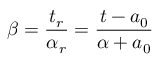
\beta = \frac { t _ { r } } { \alpha _ { r } } = \frac { t - a _ { 0 } } { \alpha + a _ { 0 } }